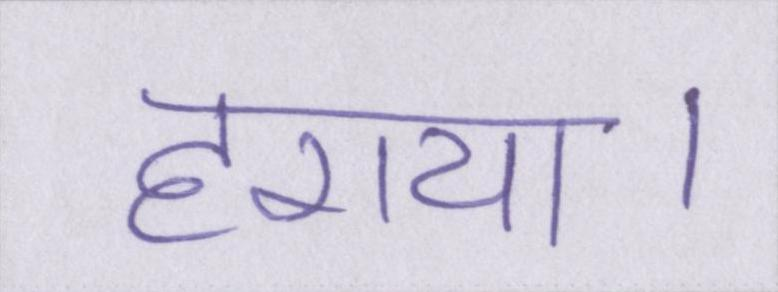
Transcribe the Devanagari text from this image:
हराया।